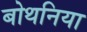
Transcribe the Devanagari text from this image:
बोथनिया